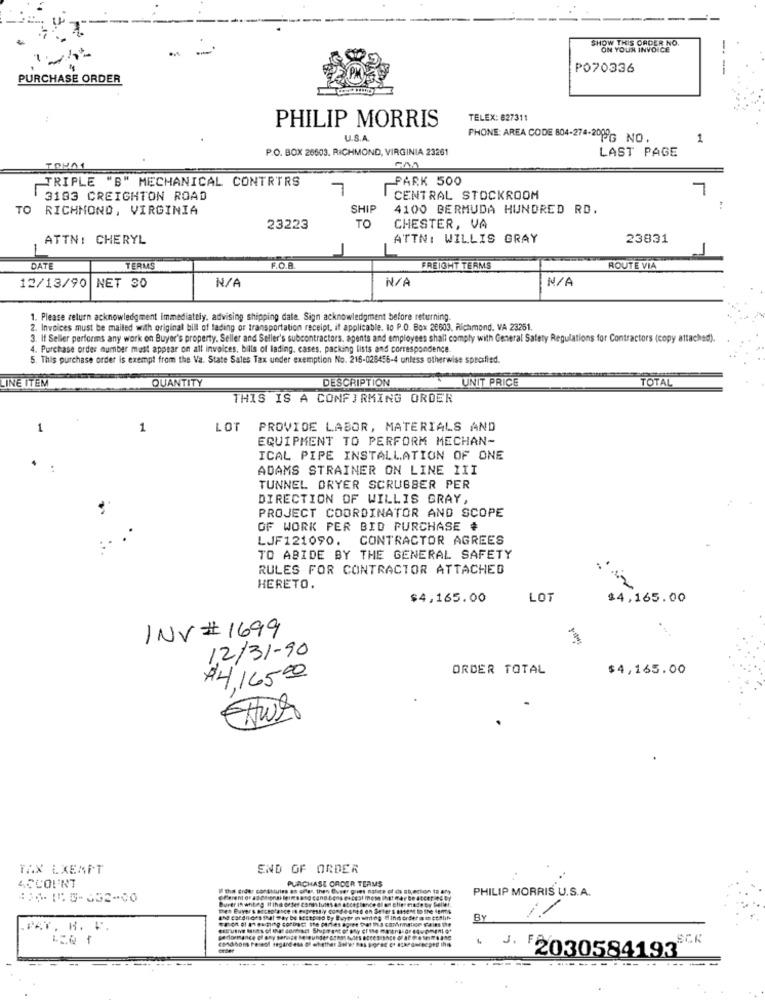
SHOW THIS ORDER NO.
ON YOUR INVOICE
PO70336
PURCHASE ORDER
PHILIP MORRIS
TELEX: 827311
U.S.A.
PHONE: AREA CODE 804-274-2099; NO.
1
P.O. BOX 26603. RICHMOND, VIRGINIA 23261
LAST PAGE
0001
PARK 500
TRIPLE "B" MECHANICAL CONTRTRS
7
7
3183 CREIGHTON ROAD
CENTRAL STOCKROOM
TO RICHMOND, VIRGINIA
SHIP
4100 BERMUDA HUNDRED RD.
TO
23223
CHESTER, VA
ATTN: CHERYL
ATTN: WILLIS GRAY
23831
DATE
TERMS
F.O.B
FREIGHT TERMS
ROUTE VIA
12/13/90 NET 30
1. Please return acknowledgment immediately. advising shipping date. Sign acknowledgment before returning.
2. Invoices must be mailed with original bill of lading of transportation receipt, if applicable. lo P.O. Box 28603, Richmond. VA 23251.
3. If Seller performs any work on Buyer's property. Seller and Seller's subcontractors, agents and employees shall comply with General Safety Regulations for Contractors (copy attached).
4. Purchase order number must appear on all invoices, bills of lading. cases, packing lists and correspondence.
5. This purchase order is exempt from the Va. State Sales Tax under exemption No. 216-028456-4 unless otherwise specified.
QUANTITY
DESCRIPTION
UNIT PRICE
TOTAL
INE ITEM
THIS IS A CONFIRMING ORDER
1
1
LOT
PROVIDE LABOR, MATERIALS AND
EQUIPMENT TO PERFORM MECHAN-
ICAL PIPE INSTALLATION OF ONE
.
..
ADAMS STRAINER ON LINE 1II
TUNNEL ORYER SCRUBBER PER
DIRECTION OF WILLIS GRAY,
PROJECT COORDINATOR AND SCOPE
OF WORK PER BID PURCHASE #
LJF121090. CONTRACTOR AGREES
TO ABIDE BY THE GENERAL SAFETY
RULES FOR CONTRACTOR ATTACHED
HERETO.
$4,165.00
LOT
$4,165.00
INV # 1699
12/31-90
ORDER TOTAL
$4,165.00
$4,16500
Aws
TAX EXEMPT
END OF ORDER
PURCHASE ORDER TERMS
ACCOUNT
Liules an offer, then Burer gies nature of de st
PHILIP MORRIS U.S.A.
aly conde-one'd en Set
9 COPD
By
PAY. R. V.
Shipment of Boy er the maer!
1.
SCK
order
-
.-----
-----...
-----
F2030584193